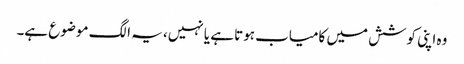
وہ اپنی کوشش میں کامیاب ہوتا ہے یا نہیں، یہ الگ موضوع ہے۔